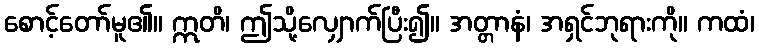
စောင့်တော်မူ၏။ ဣတိ၊ ဤသို့လျှောက်ပြီး၍။ အတ္တာနံ၊ အရှင်ဘုရားကို။ ကထံ၊